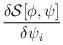
LaTeX: \begin{align*}\frac{\delta {\mathcal{S}}[\phi ,\psi ]}{\delta \psi _{i}}\end{align*}